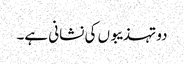
دو تہذیبوں کی نشانی ہے۔